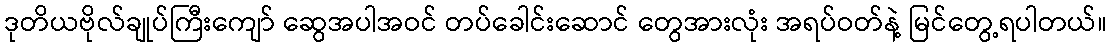
ဒုတိယဗိုလ်ချုပ်ကြီးကျော် ဆွေအပါအဝင် တပ်ခေါင်းဆောင် တွေအားလုံး အရပ်ဝတ်နဲ့ မြင်တွေ့ရပါတယ်။